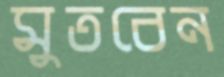
মুতবেন